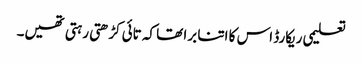
تعلیمی ریکارڈ اس کا اتنا برا تھا کہ تائی کڑھتی رہتی تھیں۔